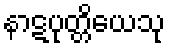
နာဋပုတ္တိယေသု